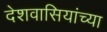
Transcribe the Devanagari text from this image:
देशवासियांच्या